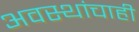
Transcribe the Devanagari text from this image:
अवस्थांचाही